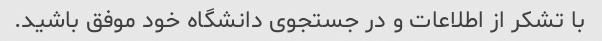
با تشکر از اطلاعات و در جستجوی دانشگاه خود موفق باشید.